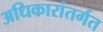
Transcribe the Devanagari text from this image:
अधिकारांतर्गत